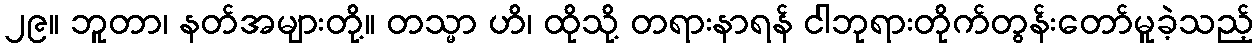
၂၉။ ဘူတာ၊ နတ်အများတို့။ တသ္မာ ဟိ၊ ထိုသို့ တရားနာရန် ငါဘုရားတိုက်တွန်းတော်မူခဲ့သည့်